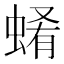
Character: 𧍂